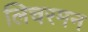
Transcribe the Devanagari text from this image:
लिचरमन